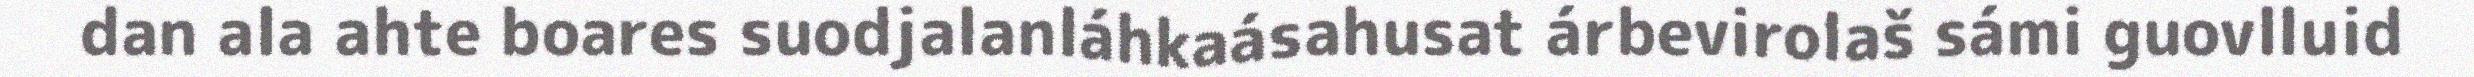
dan ala ahte boares suodjalanláhkaásahusat árbevirolaš sámi guovlluid